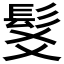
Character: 𩬃